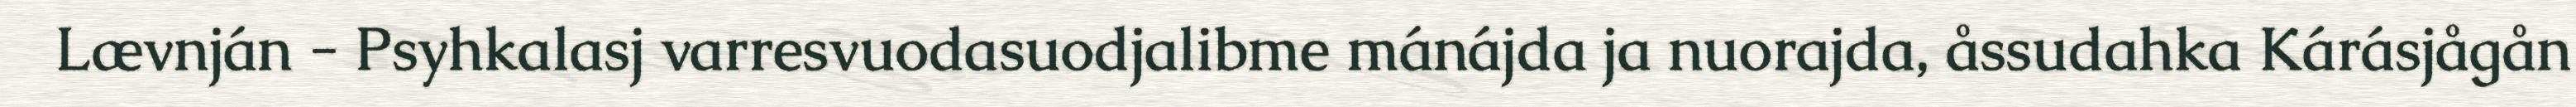
Lævnján - Psyhkalasj varresvuodasuodjalibme mánájda ja nuorajda, åssudahka Kárásjågån